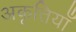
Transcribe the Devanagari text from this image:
अकृतियाँ